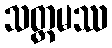
သတ္တမဿ